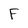
Character: F